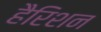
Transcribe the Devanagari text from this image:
हैरिशन